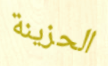
الحزينة